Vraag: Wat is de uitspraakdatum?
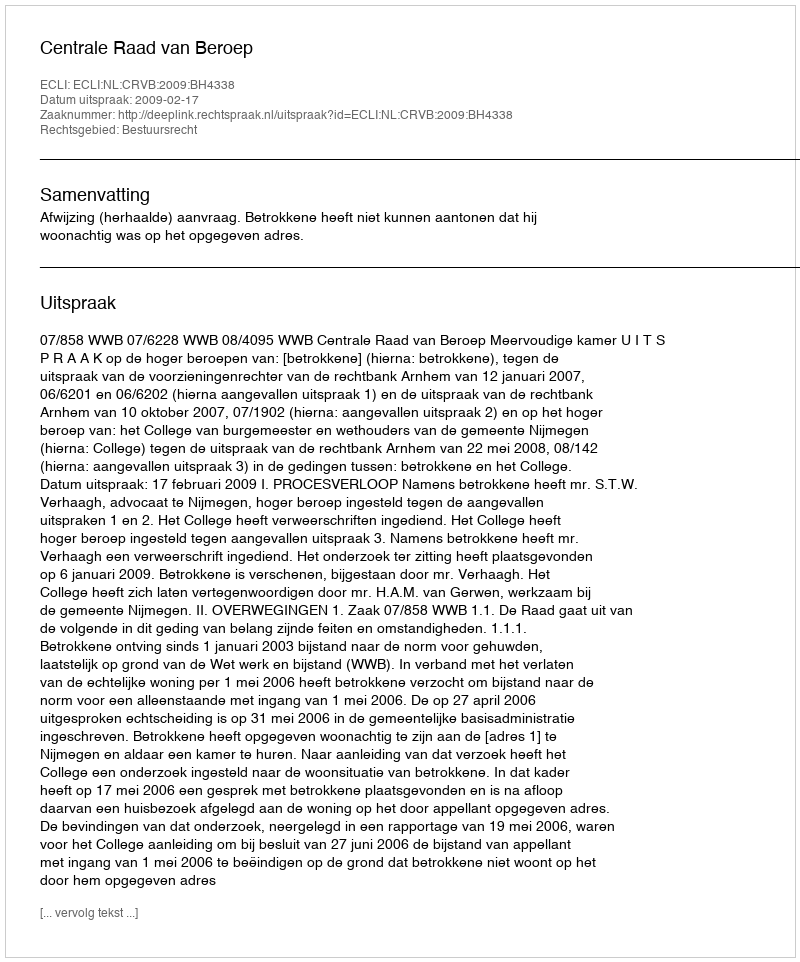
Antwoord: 2009-02-17